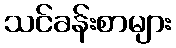
သင်ခန်းစာများ